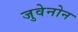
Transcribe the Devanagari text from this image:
जुवेनोन